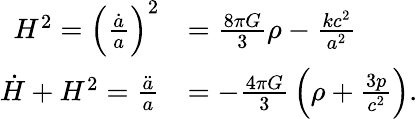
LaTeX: {\begin{array}{rl}{H^{2}=\left({\frac{\dot{a}}{a}}\right)^{2}}&{={\frac{8\pi G}{3}}\rho-{\frac{kc^{2}}{a^{2}}}}\\ {{\dot{H}}+H^{2}={\frac{\ddot{a}}{a}}}&{=-{\frac{4\pi G}{3}}\left(\rho+{\frac{3p}{c^{2}}}\right).}\end{array}}